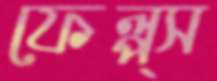
ফেল্প্স